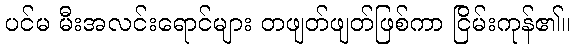
ပင်မ မီးအလင်းရောင်များ တဖျတ်ဖျတ်ဖြစ်ကာ ငြိမ်းကုန်၏။